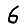
Digit: 6